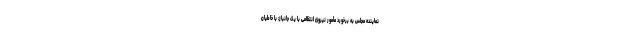
نماینده مجلس به برخورد مأمور نیروی انتظامی با یک جانباز: با خاطیان